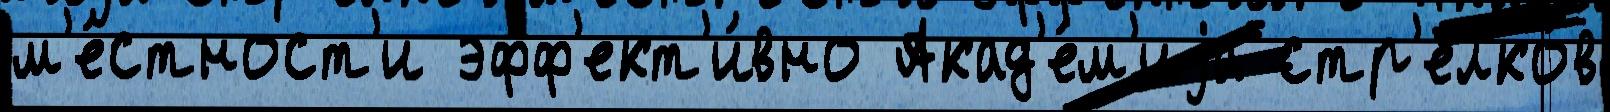
м'е́стност'и эфф'ект'и́вно Акад'е́м'иjа стр'елко́в